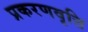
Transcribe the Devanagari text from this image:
प्रकरणवृत्ति